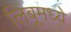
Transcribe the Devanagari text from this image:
लिंबूमध्ये